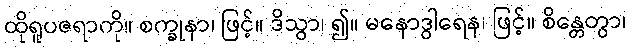
ထိုရူပဇရာကို။ စက္ခုနာ၊ ဖြင့်။ ဒိသွာ၊ ၍။ မနောဒွါရေန၊ ဖြင့်။ စိန္တေတွာ၊